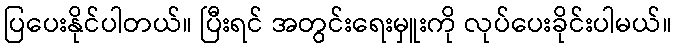
ပြပေးနိုင်ပါတယ်။ ပြီးရင် အတွင်းရေးမှူးကို လုပ်ပေးခိုင်းပါမယ်။